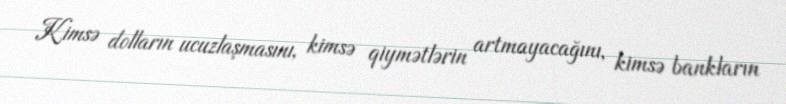
Kimsə dolların ucuzlaşmasını, kimsə qiymətlərin artmayacağını, kimsə bankların